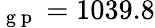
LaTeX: _\mathrm{~g~p~}=1039.8